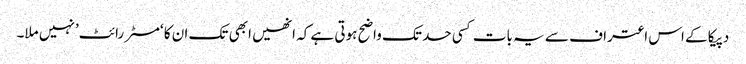
دپیکا کے اس اعتراف سے یہ بات کسی حد تک واضح ہوتی ہے کہ انھیں ابھی تک ان کا ‘مسٹر رائٹ’ نہیں ملا۔